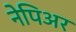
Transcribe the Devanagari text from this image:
नेपिअर